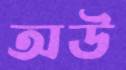
অউ